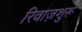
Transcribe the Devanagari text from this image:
रिवाज़शुरू